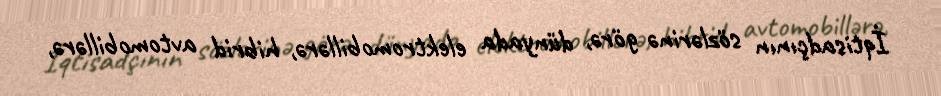
İqtisadçının sözlərinə görə, dünyada elektromobillərə, hibrid avtomobillərə,